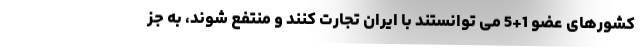
کشورهای عضو 1+5 می توانستند با ایران تجارت کنند و منتفع شوند، به جز